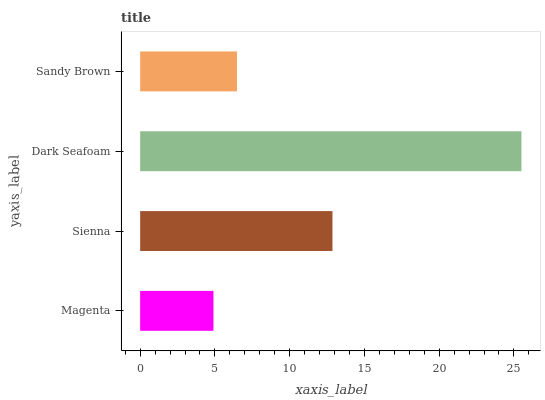
| yaxis_label | bars |
 | --- | --- |
 | Magenta | 4.9 |
 | Sienna | 12.9 |
 | Dark Seafoam | 25.5 |
 | Sandy Brown | 6.48 |